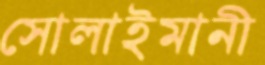
সোলাইমানী